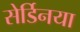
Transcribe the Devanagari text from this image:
सेर्डिनया